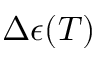
\Delta \epsilon ( T )